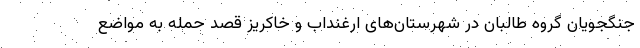
جنگجویان گروه طالبان در شهرستان‌های ارغنداب و خاکریز قصد حمله به مواضع